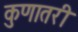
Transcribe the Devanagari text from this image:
कुणातरी